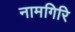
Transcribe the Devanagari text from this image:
नामगिरि